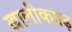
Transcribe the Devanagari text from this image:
खालीकगढ़